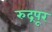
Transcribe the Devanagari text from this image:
रुद्रपूर